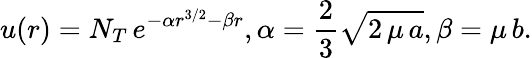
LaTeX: u(r)=N_{T}\, e^{-\alpha r^{3/2}-\beta r},\alpha=\frac{2}{3}\sqrt{2\, \mu\, a},\beta=\mu\, b.